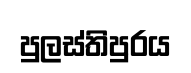
පුලස්තිපුරය